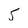
Character: S